Lunatic asylums Madras 1892-1911 - 1892-1911
Year: 1892
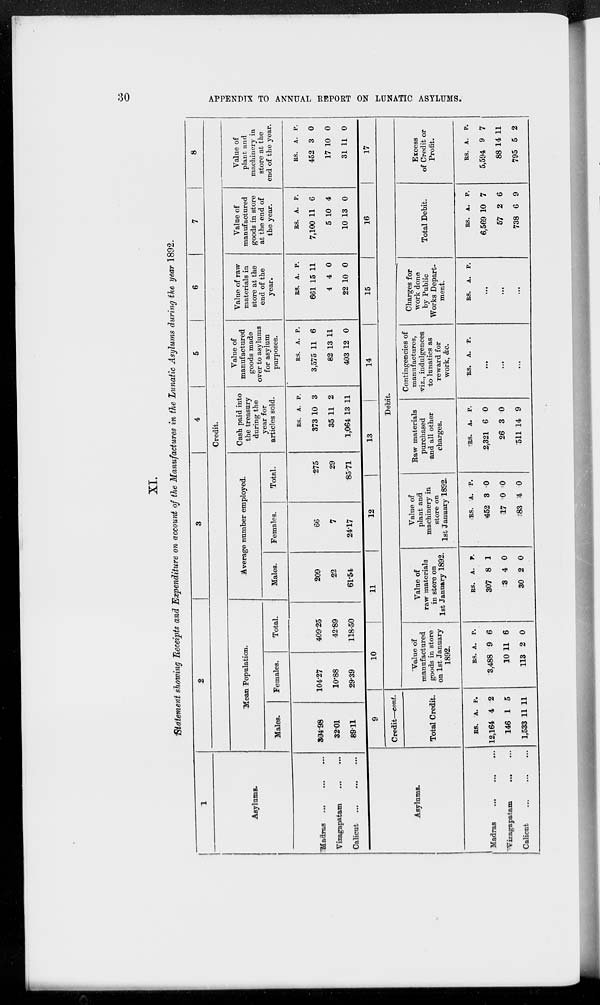
30
APPENDIX TO ANNUAL REPORT ON LUNATIC ASYLUMS.
XI.
Statement showing Receipts and Expenditure on account of the Manufactures in the Lunatic Asylums during the year 1892.
1
Asylums.
Madras
...
...
...
Vizagapatam ... ...
Calicut
...
...
...
2
3
4
5
6
7
8
Credit.
Mean Population.
Males.
304.98
32.01
89.11
Females.
104.27
10.88
29.39
Total.
409.25
42.89
118.50
Average number employed.
Males.
209
22
61.54
Females.
66
7
24.17
Total.
275
29
85.71
Cash paid into
the treasury
during the
year for
articles sold.
Rs.
373
35
1,064
A.
10
11
13
P.
3
2
11
Value of
manufactured
goods made
over to asylums
for asylum
purposes.
Rs.
3,575
82
403
A.
11
13
12
P.
6
11
0
Value of raw
materials in
store at the
end of the
year.
Rs.
661
4
22
A.
15
4
10
P.
11
0
0
Value of
manufactured
goods in store
at the end of
the year.
Rs.
7,100
5
10
A.
11
10
13
P.
6
4
0
Value of
plant and
machinery in
store at the
end of the year.
Rs.
452
17
31
A.
3
10
11
P.
0
0
0
Asylums.
Madras
...
...
...
Vizagapatam
...
...
Calicut ... ... ...
9
Credit—cont.
Total Credit.
Rs.
12,164
146
1,533
A.
4
1
11
P.
2
5
11
10
11
12
13
14
15
16
17
Debit.
Value of
manufactured
goods in store
on 1st January
1892.
Rs.
3,488
10
113
A.
9
11
2
P.
6
6
0
Value of
raw materials
in store on
1st January 1892.
Rs.
307
3
30
A.
8
4
2
P.
1
0
0
Value of
plant and
machinery in
store on
1st January 1892.
Rs.
452
17
83
A.
3
0
4
P.
0
0
0
Raw materials
purchased
and all other
charges.
Rs.
2,321
26
511
A.
6
3
14
P.
0
0
9
Contingencies of
manufactures,
viz., indulgences
to lunatics as
reward for
work, &c.
Rs.
A. P.
...
...
...
Charges for
work done
by Public
Works Depart-
ment.
Rs.
A. P.
...
...
...
Total Debit.
Rs.
6,569
57
738
A.
10
2
6
P.
7
6
9
Excess
of Credit or
Profit.
Rs.
5,594
88
795
A.
9
14
5
P.
7
11
2